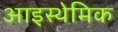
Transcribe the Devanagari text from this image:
आइस्थेमिक